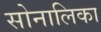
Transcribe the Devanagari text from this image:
सोनालिका